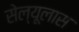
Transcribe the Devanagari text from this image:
सेल्यूलास